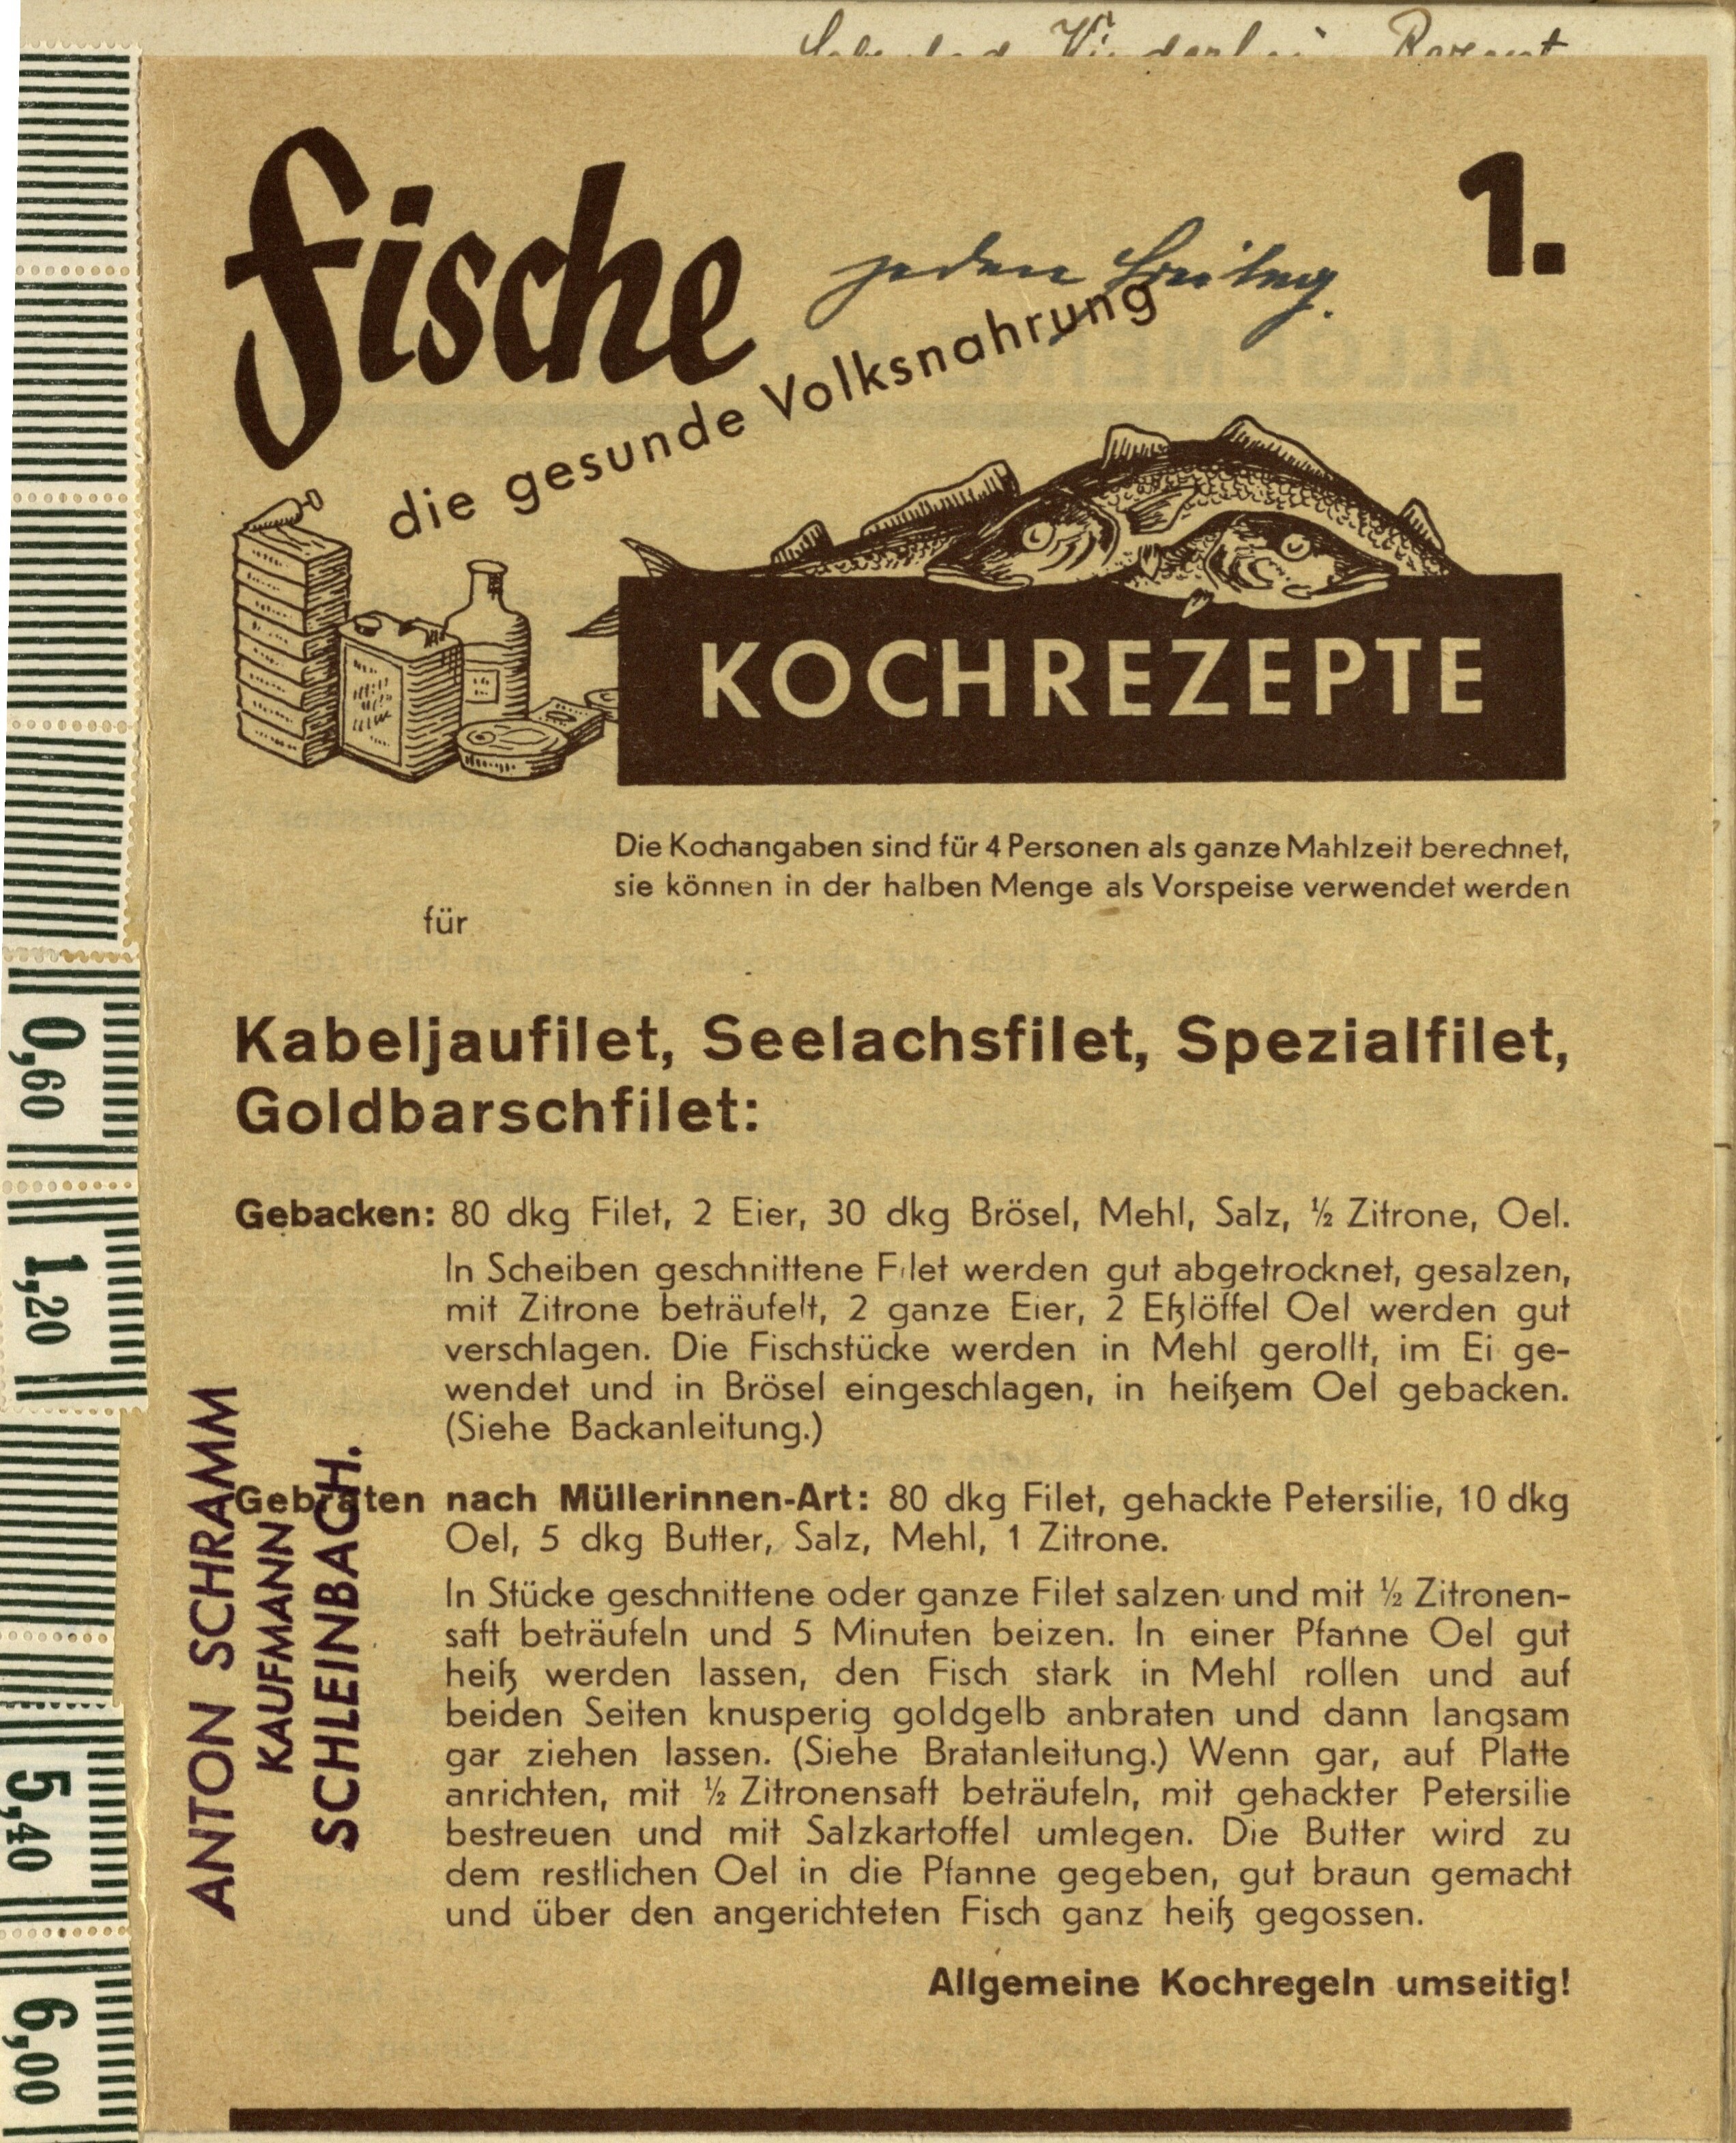
jeden Freitag.

1.

Fische

die gesunde Volksnahrung

KOCHREZEPTE

Die Kochangaben sind für 4 Personen als ganze Mahlzeit berechnet,
sie können in der halben Menge als Vorspeise verwendet werden
für

Kabeljaufilet, Seelachsfilet, Spezialfilet,
Goldbarschfilet:

Gebacken: 80 dkg Filet, 2 Eier, 30 dkg Brösel, Mehl, Salz, ½ Zitrone, Oel.
In Scheiben geschnittene Filet werden gut abgetrocknet, gesalzen,
mit Zitrone beträufelt, 2 ganze Eier, 2 Eßlöffel Oel werden gut
verschlagen. Die Fischstücke werden in Mehl gerollt, im Ei ge¬
wendet und in Brösel eingeschlagen, in heißem Oel gebacken.
(Siehe Backanleitung.)

Gebraten nach Müllerinnen-Art: 80 dkg Filet, gehackte Petersilie, 10 dkg
Oel, 5 dkg Butter, Salz, Mehl, 1 Zitrone.
In Stücke geschnittene oder ganze Filet salzen und mit ½ Zitronen¬
saft beträufeln und 5 Minuten beizen. In einer Pfanne Oel gut
heiß werden lassen, den Fisch stark in Mehl rollen und auf
beiden Seiten knusperig goldgelb anbraten und dann langsam
gar ziehen lassen. (Siehe Bratanleitung.) Wenn gar, auf Platte
anrichten, mit ½ Zitronensaft beträufeln, mit gehackter Petersilie
bestreuen und mit Salzkartoffel umlegen. Die Butter wird zu
dem restlichen Oel in die Pfanne gegeben, gut braun gemacht
und über den angerichteten Fisch ganz heiß gegossen.

Allgemeine Kochregeln umseitig!